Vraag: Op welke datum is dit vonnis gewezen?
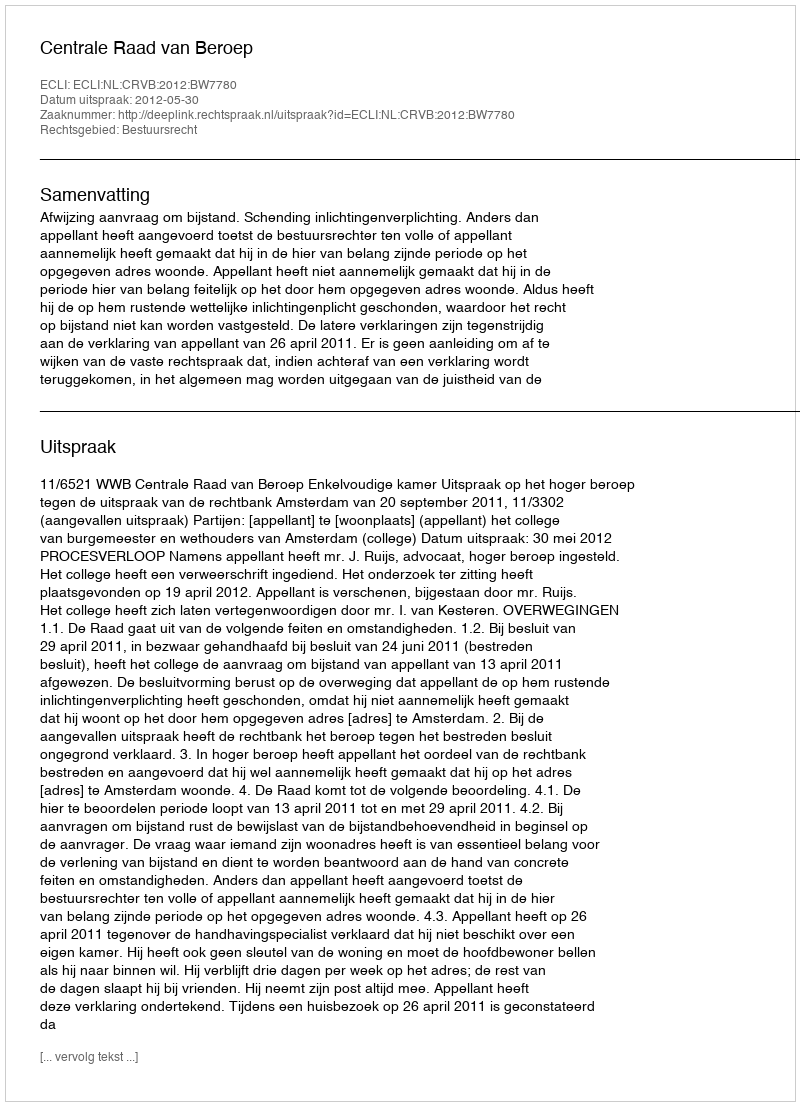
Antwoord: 2012-05-30